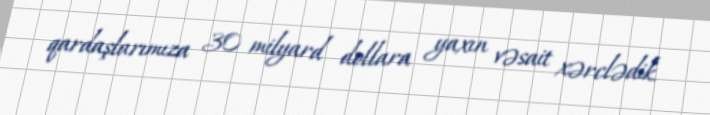
qardaşlarımıza 30 milyard dollara yaxın vəsait xərclədik.